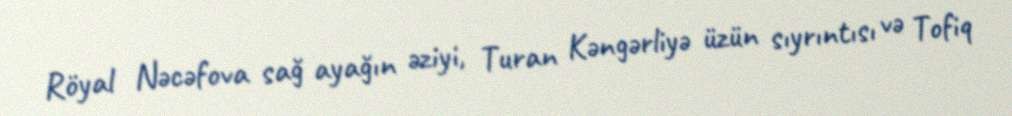
Röyal Nəcəfova sağ ayağın əziyi, Turan Kəngərliyə üzün sıyrıntısı və Tofiq